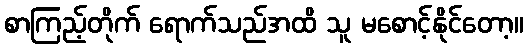
စာကြည့်တိုက် ရောက်သည်အထိ သူ မစောင့်နိုင်တော့။